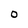
Character: O